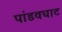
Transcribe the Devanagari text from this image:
पांडवघाट